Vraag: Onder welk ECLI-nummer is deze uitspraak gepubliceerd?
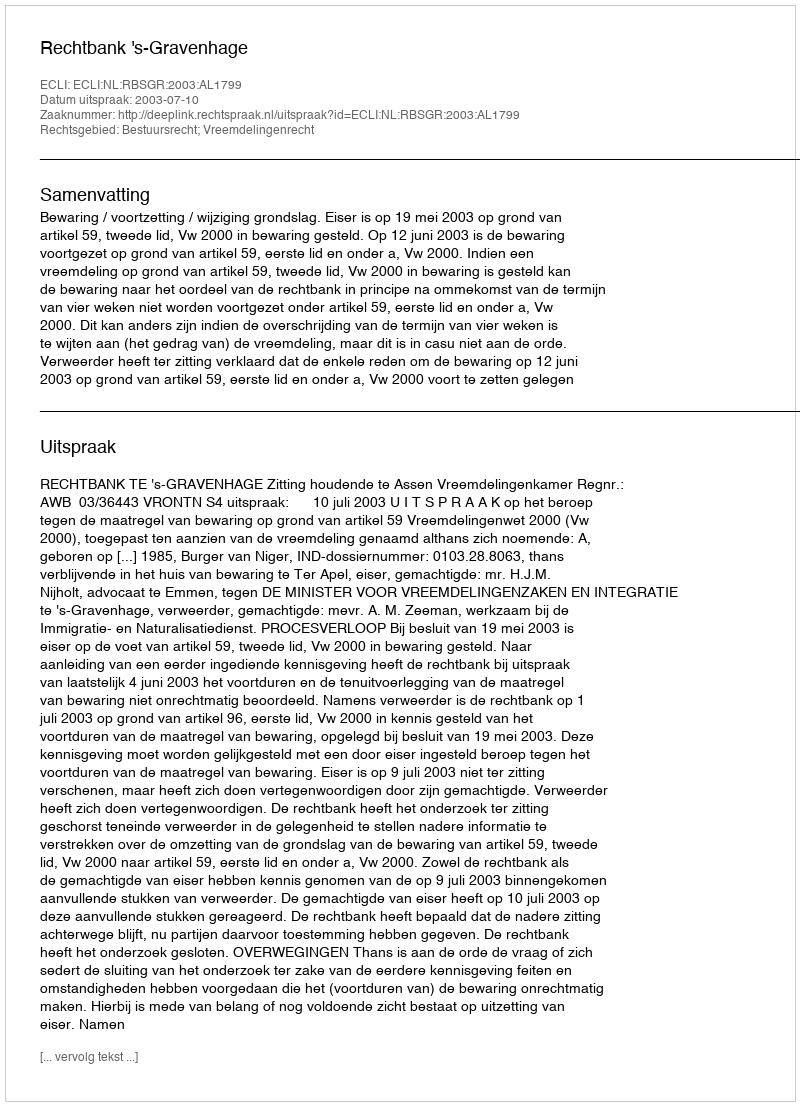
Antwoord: ECLI:NL:RBSGR:2003:AL1799